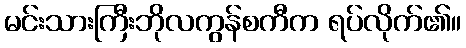
မင်းသားကြီးဘိုလကွန်စကီက ရပ်လိုက်၏။